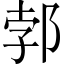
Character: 郣